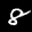
Label: 8